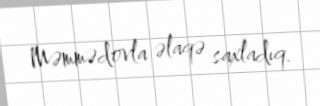
Məmmədovla əlaqə saxladıq.